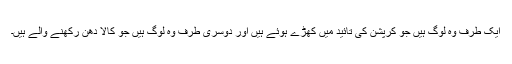
ایک طرف وہ لوگ ہیں جو کرپشن کی تائید میں کھڑے ہوئے ہیں اور دوسری طرف وہ لوگ ہیں جو کالا دھن رکھنے والے ہیں۔